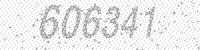
Solution: 606341